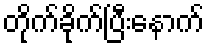
တိုက်ခိုက်ပြီးနောက်